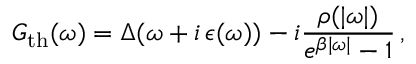
G _ { \mathrm { t h } } ( \omega ) = \Delta ( \omega + i \, \epsilon ( \omega ) ) - i \frac { \rho ( | \omega | ) } { e ^ { \beta | \omega | } - 1 } \, ,